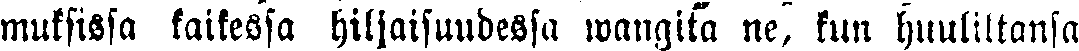
muksissa kaikessa hiljaisuudessa wangitä ne, kun huuliltansa